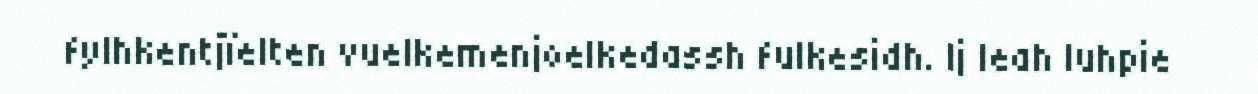
fylhkentjïelten vuelkemenjoelkedassh fulkesidh. Ij leah luhpie